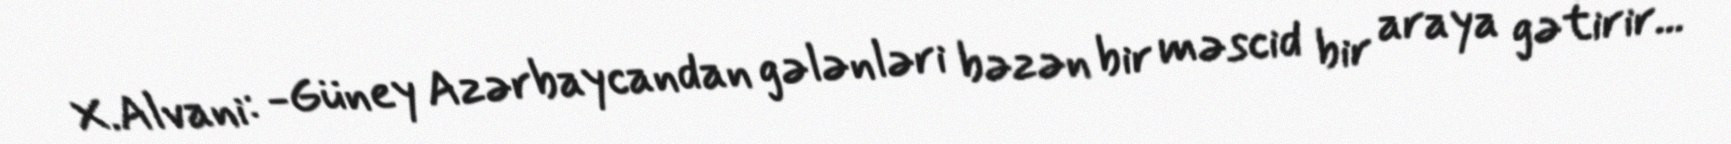
X.Alvani: -Güney Azərbaycandan gələnləri bəzən bir məscid bir araya gətirir...